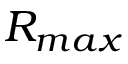
R _ { m a x }